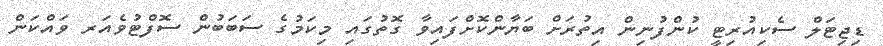
ޑިޖިޓަލް ސެކިއުރިޓީ ކުންފުނިން އިތުރަށް ބަޔާންކޮށްފައިވާ ގޮތުގައި މިކަމުގެ ސަބަބުން ސޮފްޓުވެއަރ ވައްކަން